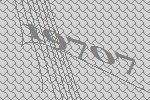
19707